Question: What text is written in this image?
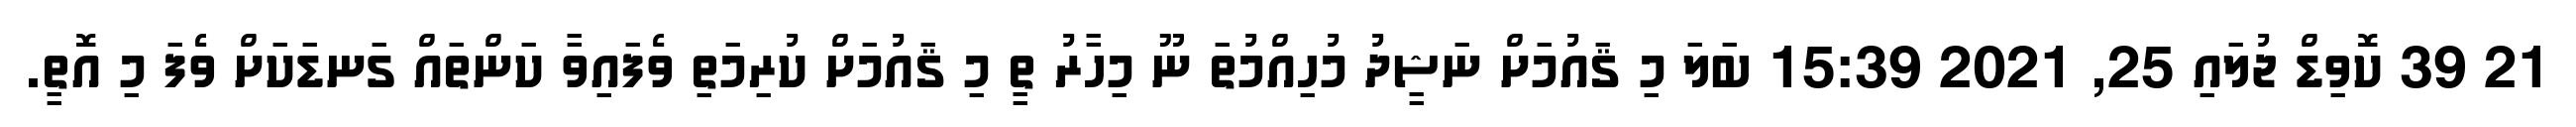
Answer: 21 39 ކޮވިޑް ޖުލައި 25, 2021 15:39 ބަލަ މި ޤައުމަށް ނަޝީދު މުހިއްމުތަ ނޫ މިހާރު ތީ މި ޤައުމަށް ކުރިމަތި ވެފައިވާ ކަންތައް ގަނޑަކަށް ވެފަ މި އޮތީ.